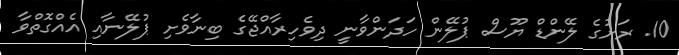
10. ރަށުގެ ލޭންޑް ޔޫސް ޕުލޭން ހަދަންވާނީ ދިވެހިރާއްޖޭގެ ބިނާވެށި ޕުލޭނާއި އެއްގޮތްވާ